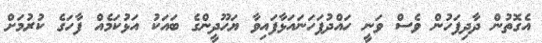
އެގޮތުން ދާދިފަހުން ވެސް ވަނީ ހައްދުފަހަނައަޅާފައިވާ ޔަހޫދީންގެ ބައަކު އަޅުކަމެއް ފާހަގެ ކުރުމަށް